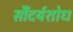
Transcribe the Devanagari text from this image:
सौंदर्यशोध